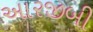
આરજીબી